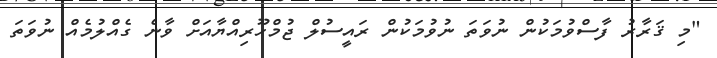
"މި ޤަރާރު ފާސްވުމަކުން ނުވަތަ ނުވުމަކުން ރައީސުލް ޖުމްހޫރިއްޔާއަށް ވާނެ ގެއްލުމެއް ނުވަތަ